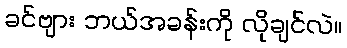
ခင်ဗျား ဘယ်အခန်းကို လိုချင်လဲ။